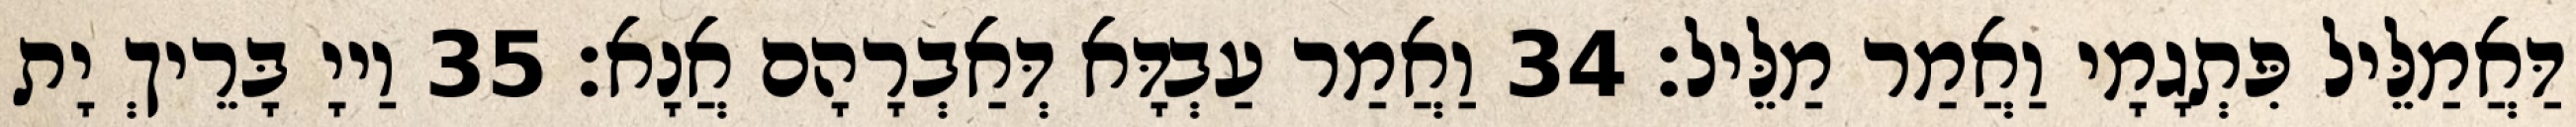
דַּאֲמַלֵּיל פִּתְגָמָי וַאֲמַר מַלֵּיל׃ 34 וַאֲמַר עַבְדָּא דְּאַבְרָהָם אֲנָא׃ 35 וַייָ בָּרֵיךְ יָת